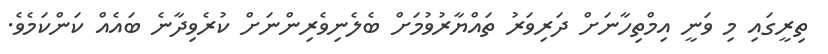
ތިރީގައި މި ވަނީ އިމްތިހާނަށް ދަރިވަރު ތައްޔާރުވުމަށް ބެލެނިވެރިންނަށް ކުރެވިދާނެ ބައެއް ކަންކަމެވެ.